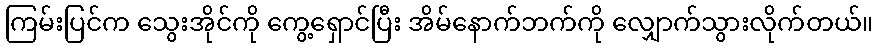
ကြမ်းပြင်က သွေးအိုင်ကို ကွေ့ရှောင်ပြီး အိမ်နောက်ဘက်ကို လျှောက်သွားလိုက်တယ်။